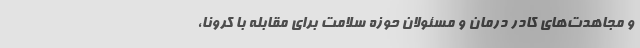
و مجاهدت‌های کادر درمان و مسئولان حوزه سلامت برای مقابله با کرونا،